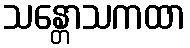
သန္တောသကထာ